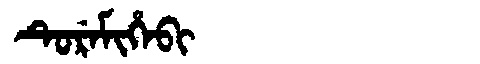
Manchu: ᡨᡠᡵᡝᠮᡳᡥᡝᠪᡳ
Romanization: TUREMIHEBI